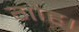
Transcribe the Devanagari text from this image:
गोह।